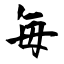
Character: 毎